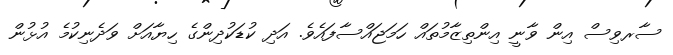
ސާރވިސް އިން ވާނީ އިންތިޒާމުތައް ހަމަޖައްސާފައެވެ. އަދި ކުޑަކުދިންގެ ހިޔާއަށް ވަދެނިކުމެ އުޅުން